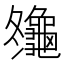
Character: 䶱